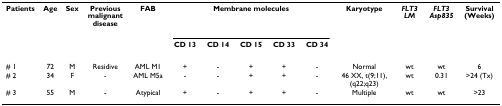
| Patients | Age | Sex | Previous malignant disease | FAB | <COLSPAN=5> Membrane molecules | Karyotype | FLT3 LM | FLT3 Asp835 | Survival (Weeks) |
 |  |  |  |  |  | CD 13 | CD 14 | CD 15 | CD 33 | CD 34 |  |  |  |  |
 | --- | --- | --- | --- | --- | --- | --- | --- | --- | --- | --- | --- | --- | --- |
 | # 1 | 72 | M | Residive | AML M1 | + | - | + | + | - | Normal | wt | wt | 6 |
 | # 2 | 34 | F | - | AML M5a | - | - | + | + | - | 46 XX, t(9;11), (q22;q23) | wt | 0.31 | >24 (Tx) |
 | # 3 | 55 | M | - | Atypical | + | - | + | + | - | Multiple | wt | wt | >23 |